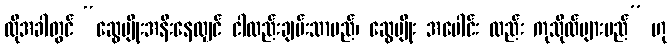
ထိုအခါတွင် “ဆွေမျိုးအနီးနေလျှင် ငါလည်းချမ်းသာမည်၊ ဆွေမျိုး အပေါင်း လည်း ကုသိုလ်များမည်” ဟု